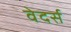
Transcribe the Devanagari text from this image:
वेदर्स